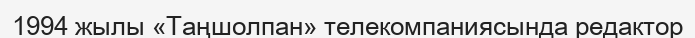
1994 жылы «Таңшолпан» телекомпаниясында редактор